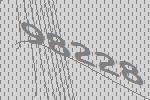
98228